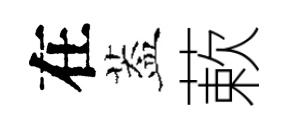
在葢蔌